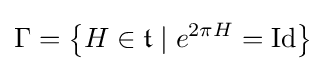
\Gamma =\left\{H\in {\mathfrak {t}}\mid e^{2\pi H}=\operatorname {Id} \right\}